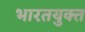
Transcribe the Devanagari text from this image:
भारतयुक्त